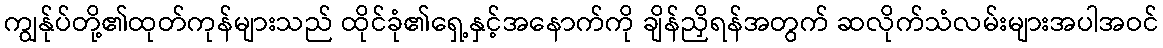
ကျွန်ုပ်တို့၏ထုတ်ကုန်များသည် ထိုင်ခုံ၏ရှေ့နှင့်အနောက်ကို ချိန်ညှိရန်အတွက် ဆလိုက်သံလမ်းများအပါအဝင်